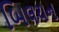
બિલયન